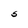
Character: S